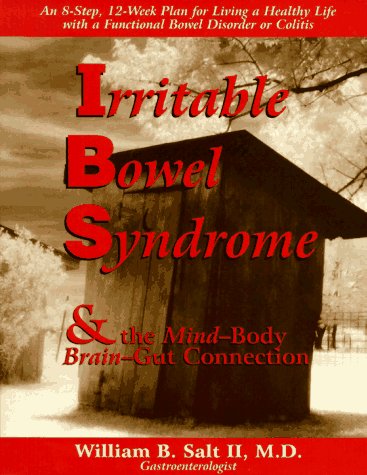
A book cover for Irritable Bowel Syndrome & the Mind-Body Brain-Gut Connection: 8 Steps for Living a Healthy Life with a Functiona (The Mind-Body Connection Series); William B. Salt II MD; Health, Fitness & Dieting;